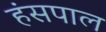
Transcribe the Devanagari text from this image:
हंसपाल